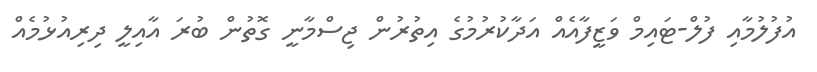
އުފުލުމާއި ފުލް-ޓައިމް ވަޒީފާއެއް އަދާކުރުމުގެ އިތުރުން ޖިސްމާނީ ގޮތުން ބުރަ އާއިލީ ދިރިއުޅުމެއް